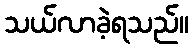
သယ်လာခဲ့ရသည်။